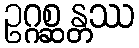
ဥဂ္ဂစ္ဆန္တဿ